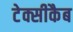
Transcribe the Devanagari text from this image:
टेक्सीकैब